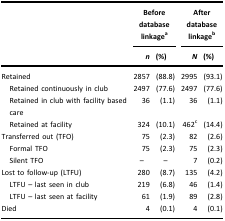
|  | <COLSPAN=2> Before database linkagea | <COLSPAN=2> After database linkageb |
 |  | n | (%) | N | (%) |
 | --- | --- | --- | --- | --- |
 | Retained | 2857 | (88.8) | 2995 | (93.1) |
 | Retained continuously in club | 2497 | (77.6) | 2497 | (77.6) |
 | Retained in club with facility based care | 36 | (1.1) | 36 | (1.1) |
 | Retained at facility | 324 | (10.1) | 462c | (14.4) |
 | Transferred out (TFO) | 75 | (2.3) | 82 | (2.6) |
 | Formal TFO | 75 | (2.3) | 75 | (2.3) |
 | Silent TFO | – | – | 7 | (0.2) |
 | Lost to follow-up (LTFU) | 280 | (8.7) | 135 | (4.2) |
 | LTFU – last seen in club | 219 | (6.8) | 46 | (1.4) |
 | LTFU – last seen at facility | 61 | (1.9) | 89 | (2.8) |
 | Died | 4 | (0.1) | 4 | (0.1) |